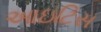
આઇટિસ